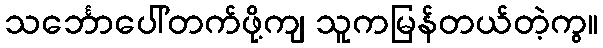
သင်္ဘောပေါ်တက်ဖို့ကျ သူကမြန်တယ်တဲ့ကွ။